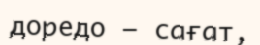
доредо – сағат,